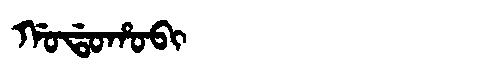
Manchu: ᡤᠣᡩᠣᡥᠣᠪᡳ
Romanization: GODOHOBI